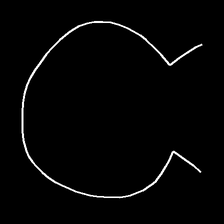
Glyph: weave